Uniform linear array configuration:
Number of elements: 48
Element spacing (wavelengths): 0.5
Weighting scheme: kaiser
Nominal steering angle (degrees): -30
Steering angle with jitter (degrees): -28.43
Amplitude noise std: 0.05
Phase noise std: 0.05

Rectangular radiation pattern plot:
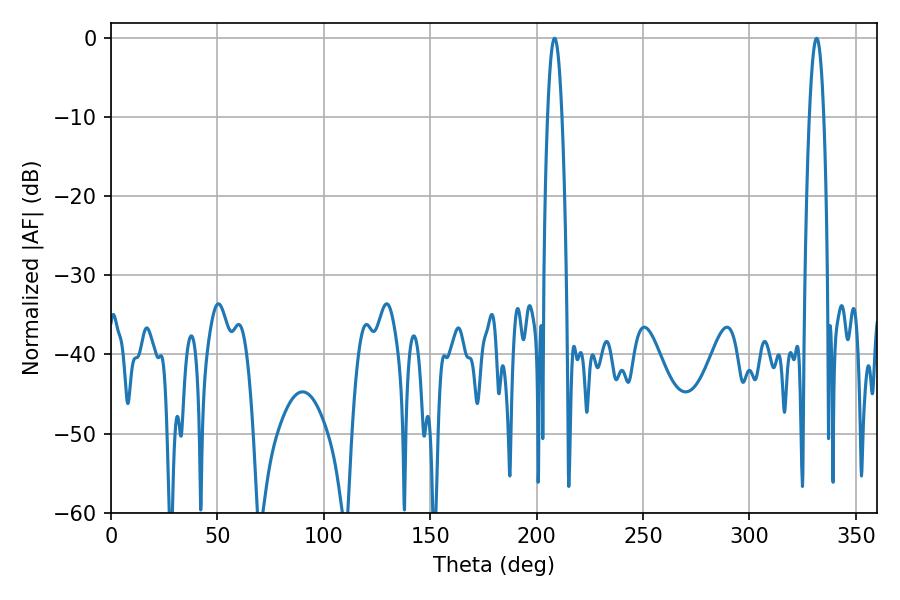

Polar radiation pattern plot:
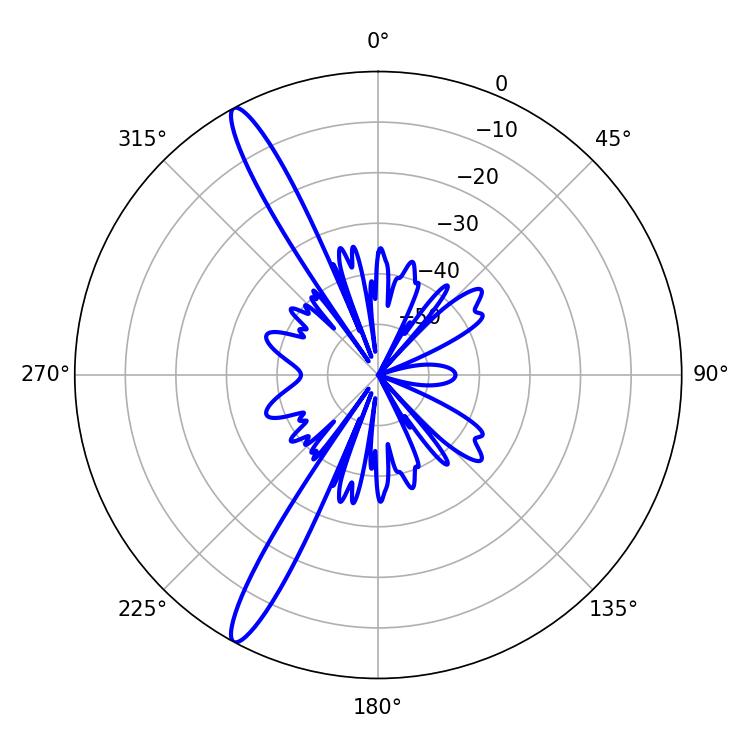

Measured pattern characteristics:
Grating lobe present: FALSE
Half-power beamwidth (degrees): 3.6
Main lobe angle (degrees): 331.56